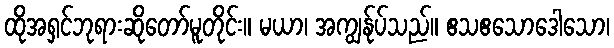
ထိုအရှင်ဘုရားဆိုတော်မူတိုင်း။ မယာ၊ အကျွန်ုပ်သည်။ ဧသဧသောဒေါသော၊